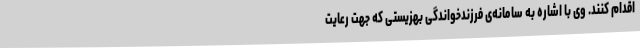
اقدام کنند. وی با اشاره به سامانه‌ی فرزندخواندگی بهزیستی که جهت رعایت